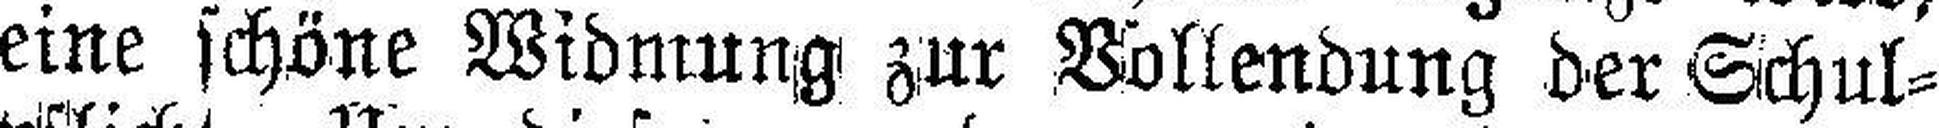
eine schöne Widmung zur Vollendung der Schul¬